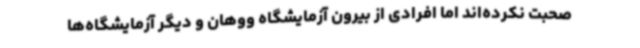
صحبت نکرده‌اند اما افرادی از بیرون آزمایشگاه ووهان و دیگر آزمایشگاه‌ها